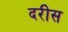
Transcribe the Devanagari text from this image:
दरीस